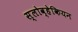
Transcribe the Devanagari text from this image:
स्लोव्हेकियन